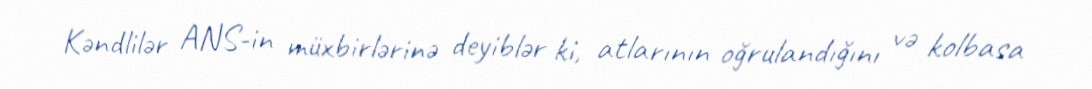
Kəndlilər ANS-in müxbirlərinə deyiblər ki, atlarının oğrulandığını və kolbasa